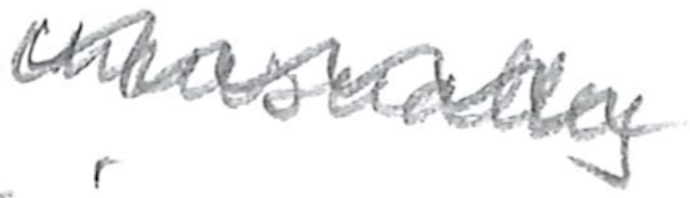
Text: unusually
Cross-out: zig-zag
Writing tool: pencil